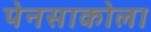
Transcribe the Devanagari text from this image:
पेनसाकोला